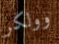
وولكر